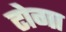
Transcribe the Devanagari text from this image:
टोगा